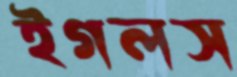
ইগলস